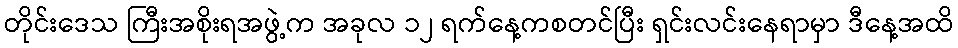
တိုင်းဒေသ ကြီးအစိုးရအဖွဲ့က အခုလ ၁၂ ရက်နေ့ကစတင်ပြီး ရှင်းလင်းနေရာမှာ ဒီနေ့အထိ